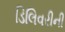
ડિલિવરીની